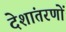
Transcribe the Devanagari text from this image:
देशांतरणों